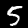
Digit: 5